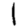
Digit: 1